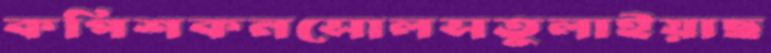
কপিশকনসোলসতুলাইয়াছ